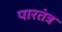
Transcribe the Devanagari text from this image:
पारतंत्र